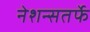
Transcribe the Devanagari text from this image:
नेशन्सतर्फे